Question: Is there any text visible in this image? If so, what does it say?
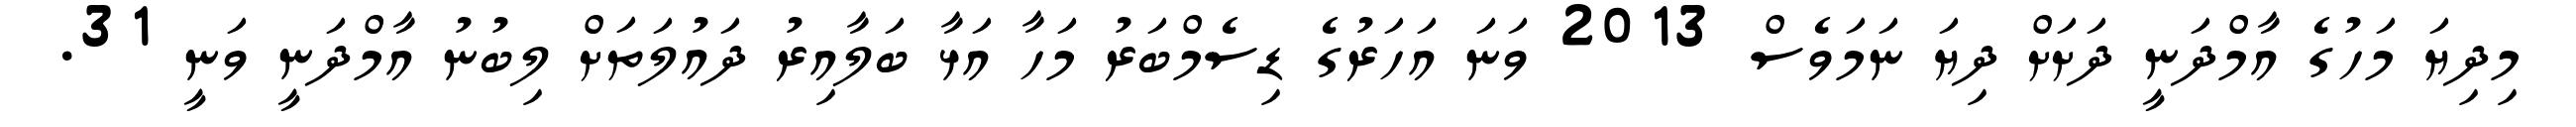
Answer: މިދިޔަ މަހުގެ އާމްދަނީ ދަށަށް ދިޔަ ނަމަވެސް 2013 ވަނަ އަހަރުގެ ޑިސެމްބަރު މަހާ އަޅާ ބަލާއިރު ދައުލަތަށް ލިބުނު އާމްދަނީ ވަނީ 31.